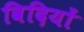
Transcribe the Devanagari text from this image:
विदियों